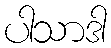
ပါသာဒါ